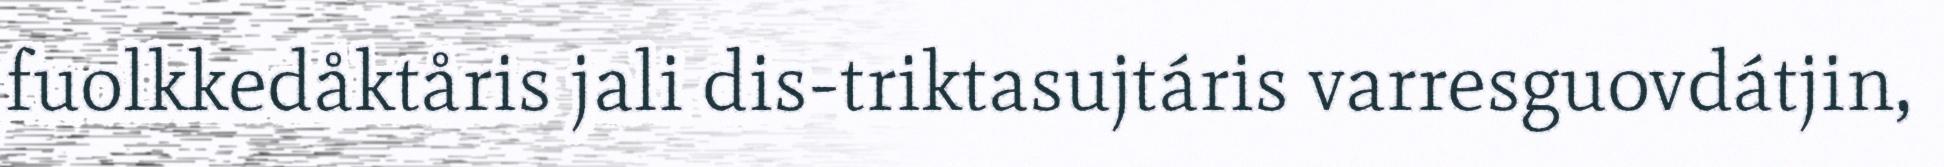
fuolkkedåktåris jali dis-triktasujtáris varresguovdátjin,